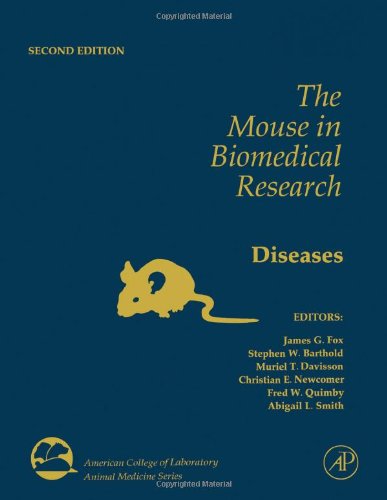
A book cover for The Mouse in Biomedical Research, Volume 3, Second Edition: Normative Biology, Husbandry, and Models (American College of Laboratory Animal Medicine); Medical Books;